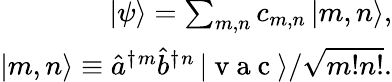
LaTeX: \begin{array}{r}{\left|\psi\right\rangle=\sum_{m,n}c_{m,n}\left|m,n\right\rangle,}\\ {\left|m,n\right\rangle\equiv\hat{a}^{\dagger}\vphantom{a}{}^{m}\hat{b}^{\dagger}\vphantom{a}{}^{n}\left|\mathrm{~v~a~c~}\right\rangle/\sqrt{m!n!}.}\end{array}